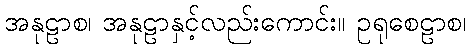
အနုဠာစ၊ အနုဠာနှင့်လည်းကောင်း။ ဥရုစေဠာစ၊